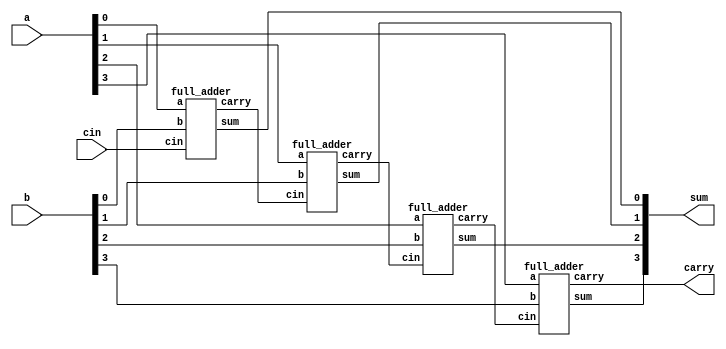
// write RTL and TestBench for 4bit ripple carry adder using full adder
//ripple carry adder
module ripple_carry_adder(
	input [3:0] a,b,
	input cin,
	output [3:0] sum,
	output  carry
);
wire w1,w2,w3;

full_adder fa1(.a(a[0]),.b(b[0]),.cin(cin),.sum(sum[0]),.carry(w1));
full_adder fa2(.a(a[1]),.b(b[1]),.cin(w1),.sum(sum[1]),.carry(w2));
full_adder fa3(.a(a[2]),.b(b[2]),.cin(w2),.sum(sum[2]),.carry(w3));
full_adder fa4(.a(a[3]),.b(b[3]),.cin(w3),.sum(sum[3]),.carry(carry));

endmodule

// full adder

module full_adder(
	input a,b,cin,
	output sum,carry
);

assign sum=a^b^cin;
assign carry=a&b;

endmodule

// Test bench

module ripple_carry_adder_tb();

reg [3:0] a,b;
reg cin;
wire [3:0] sum;
wire cout;

ripple_carry_adder DUT(a,b,cin,sum,cout);

initial 
begin

	a=4'b0000; b=4'b0000; cin=0;
	#10;
	
	a=4'b0001; b=4'b0001; cin=0;
	#10;

	a=4'b0010; b=4'b0010; cin=0;
	#10;

	a=4'b1111; b=4'b1111; cin=0;
	#10;


	a=4'b0000; b=4'b0000; cin=1;
	#10;
	
	a=4'b0001; b=4'b0001; cin=1;
	#10;

	a=4'b0010; b=4'b0010; cin=1;
	#10;

	a=4'b1111; b=4'b1111; cin=1;
	#10;

	 $finish;

end
endmodule